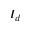
I _ { d }